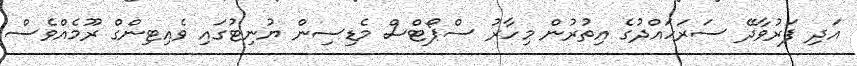
އަދި ފަރުވާދޭ ސަރަހައްދުގެ އިތުރުން މިހާރު ސްޕޯޓްސް މެޑިސިން ޔުނިޓުގައި ވެއިޓިންގް ރޫމެއްވެސް